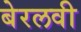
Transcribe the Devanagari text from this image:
बेरलवी